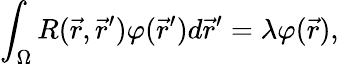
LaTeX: \int_{{\Omega}}R(\vec{r},\vec{r}^{\prime})\varphi(\vec{r}^{\prime})d\vec{r}^{\prime}=\lambda\varphi(\vec{r}),